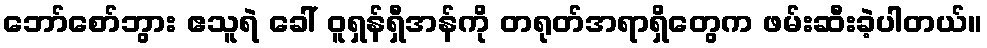
ဘော်စော်ဘွား ဧသူရဲ ခေါ် ဝူရှန်ရှီအန်ကို တရုတ်အရာရှိတွေက ဖမ်းဆီးခဲ့ပါတယ်။